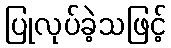
ပြုလုပ်ခဲ့သဖြင့်